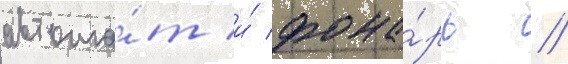
автома́т и́ фона́рь //